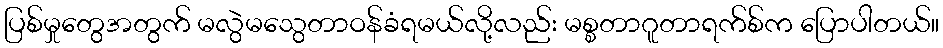
ပြစ်မှုတွေအတွက် မလွဲမသွေတာဝန်ခံရမယ်လို့လည်း မစ္စတာဂူတာရက်စ်က ပြောပါတယ်။